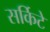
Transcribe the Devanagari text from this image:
सर्किटे